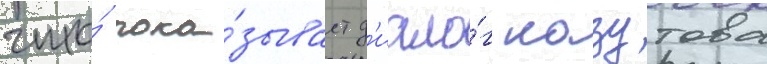
что́ пока́зывает д'иало́г казутова